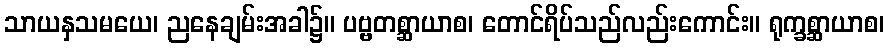
သာယနှသမယေ၊ ညနေချမ်းအခါ၌။ ပဗ္ဗတစ္ဆာယာစ၊ တောင်ရိပ်သည်လည်းကောင်း။ ရုက္ခစ္ဆာယာစ၊